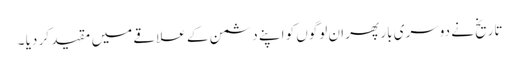
تاریخ نے دوسری بار پھر ان لوگوں کو اپنے دشمن کے علاقے میں مقید کر دیا ۔